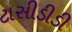
ટાસીડીડી